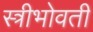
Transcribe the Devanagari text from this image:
स्त्रीभोवती